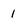
Character: 1